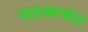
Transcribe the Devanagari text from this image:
पाइखरबंदा